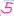
Text: 5